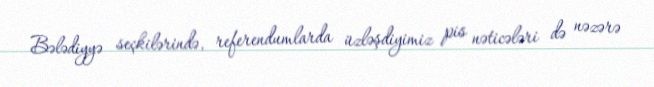
Bələdiyyə seçkilərində, referendumlarda üzləşdiyimiz pis nəticələri də nəzərə